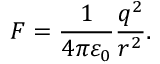
\ F = { \frac { 1 } { 4 \pi \varepsilon _ { 0 } } } { \frac { q ^ { 2 } } { r ^ { 2 } } } .